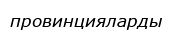
провинцияларды